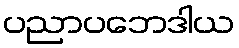
ပညာပဘေဒါယ